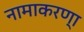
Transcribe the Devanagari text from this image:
नामाकरण्‍ा